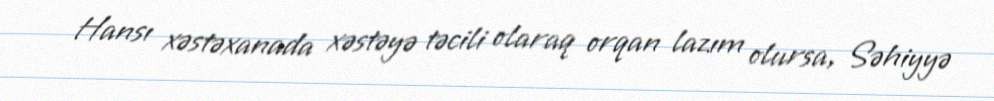
Hansı xəstəxanada xəstəyə təcili olaraq orqan lazım olursa, Səhiyyə